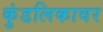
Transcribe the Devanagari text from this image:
कुंडलिकावर